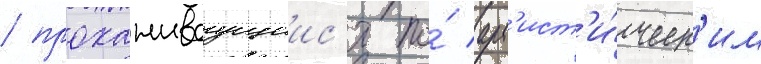
/ прохаживаущиис'я по́ арт'ист'и́ческ'им